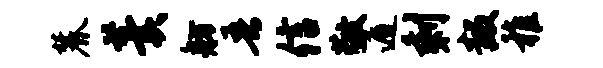
麓羹舫吾信敬遁剩叛稚